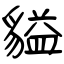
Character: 貖